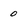
Character: 0